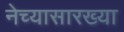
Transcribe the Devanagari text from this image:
नेच्यासारख्या